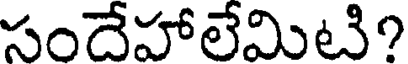
సందేహాలేమిటి?